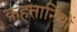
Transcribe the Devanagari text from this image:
क़हतानियों